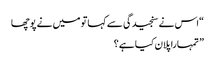
“اس نے سنجیدگی سے کہاتو میں نے پوچھا
” تمہارا پلان کیا ہے؟